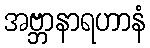
အဗ္ဘာနာရဟာနံ